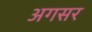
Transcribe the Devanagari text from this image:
अगसर